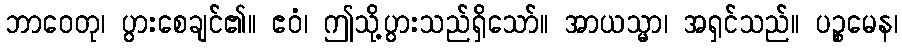
ဘာဝေတု၊ ပွားစေချင်၏။ ဧဝံ၊ ဤသို့ပွားသည်ရှိသော်။ အာယသ္မာ၊ အရှင်သည်။ ပဉ္စမေန၊